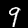
Digit: 9